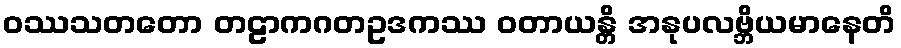
ဝဿသတတော တဠာကဂတဥဒကဿ ဝတာယန္တိ အနုပလဗ္ဘိယမာနေတိ